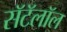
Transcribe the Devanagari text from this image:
सॅटॅलॉल